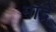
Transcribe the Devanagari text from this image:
मांद्रे